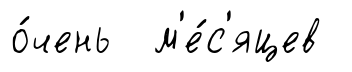
о́чень м'е́с'яцев